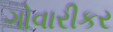
ગોવારીકર